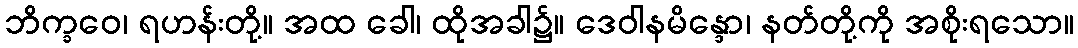
ဘိက္ခဝေ၊ ရဟန်းတို့။ အထ ခေါ၊ ထိုအခါ၌။ ဒေဝါနမိန္ဒော၊ နတ်တို့ကို အစိုးရသော။